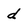
Character: d